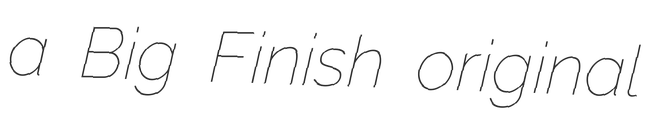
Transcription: a Big Finish original